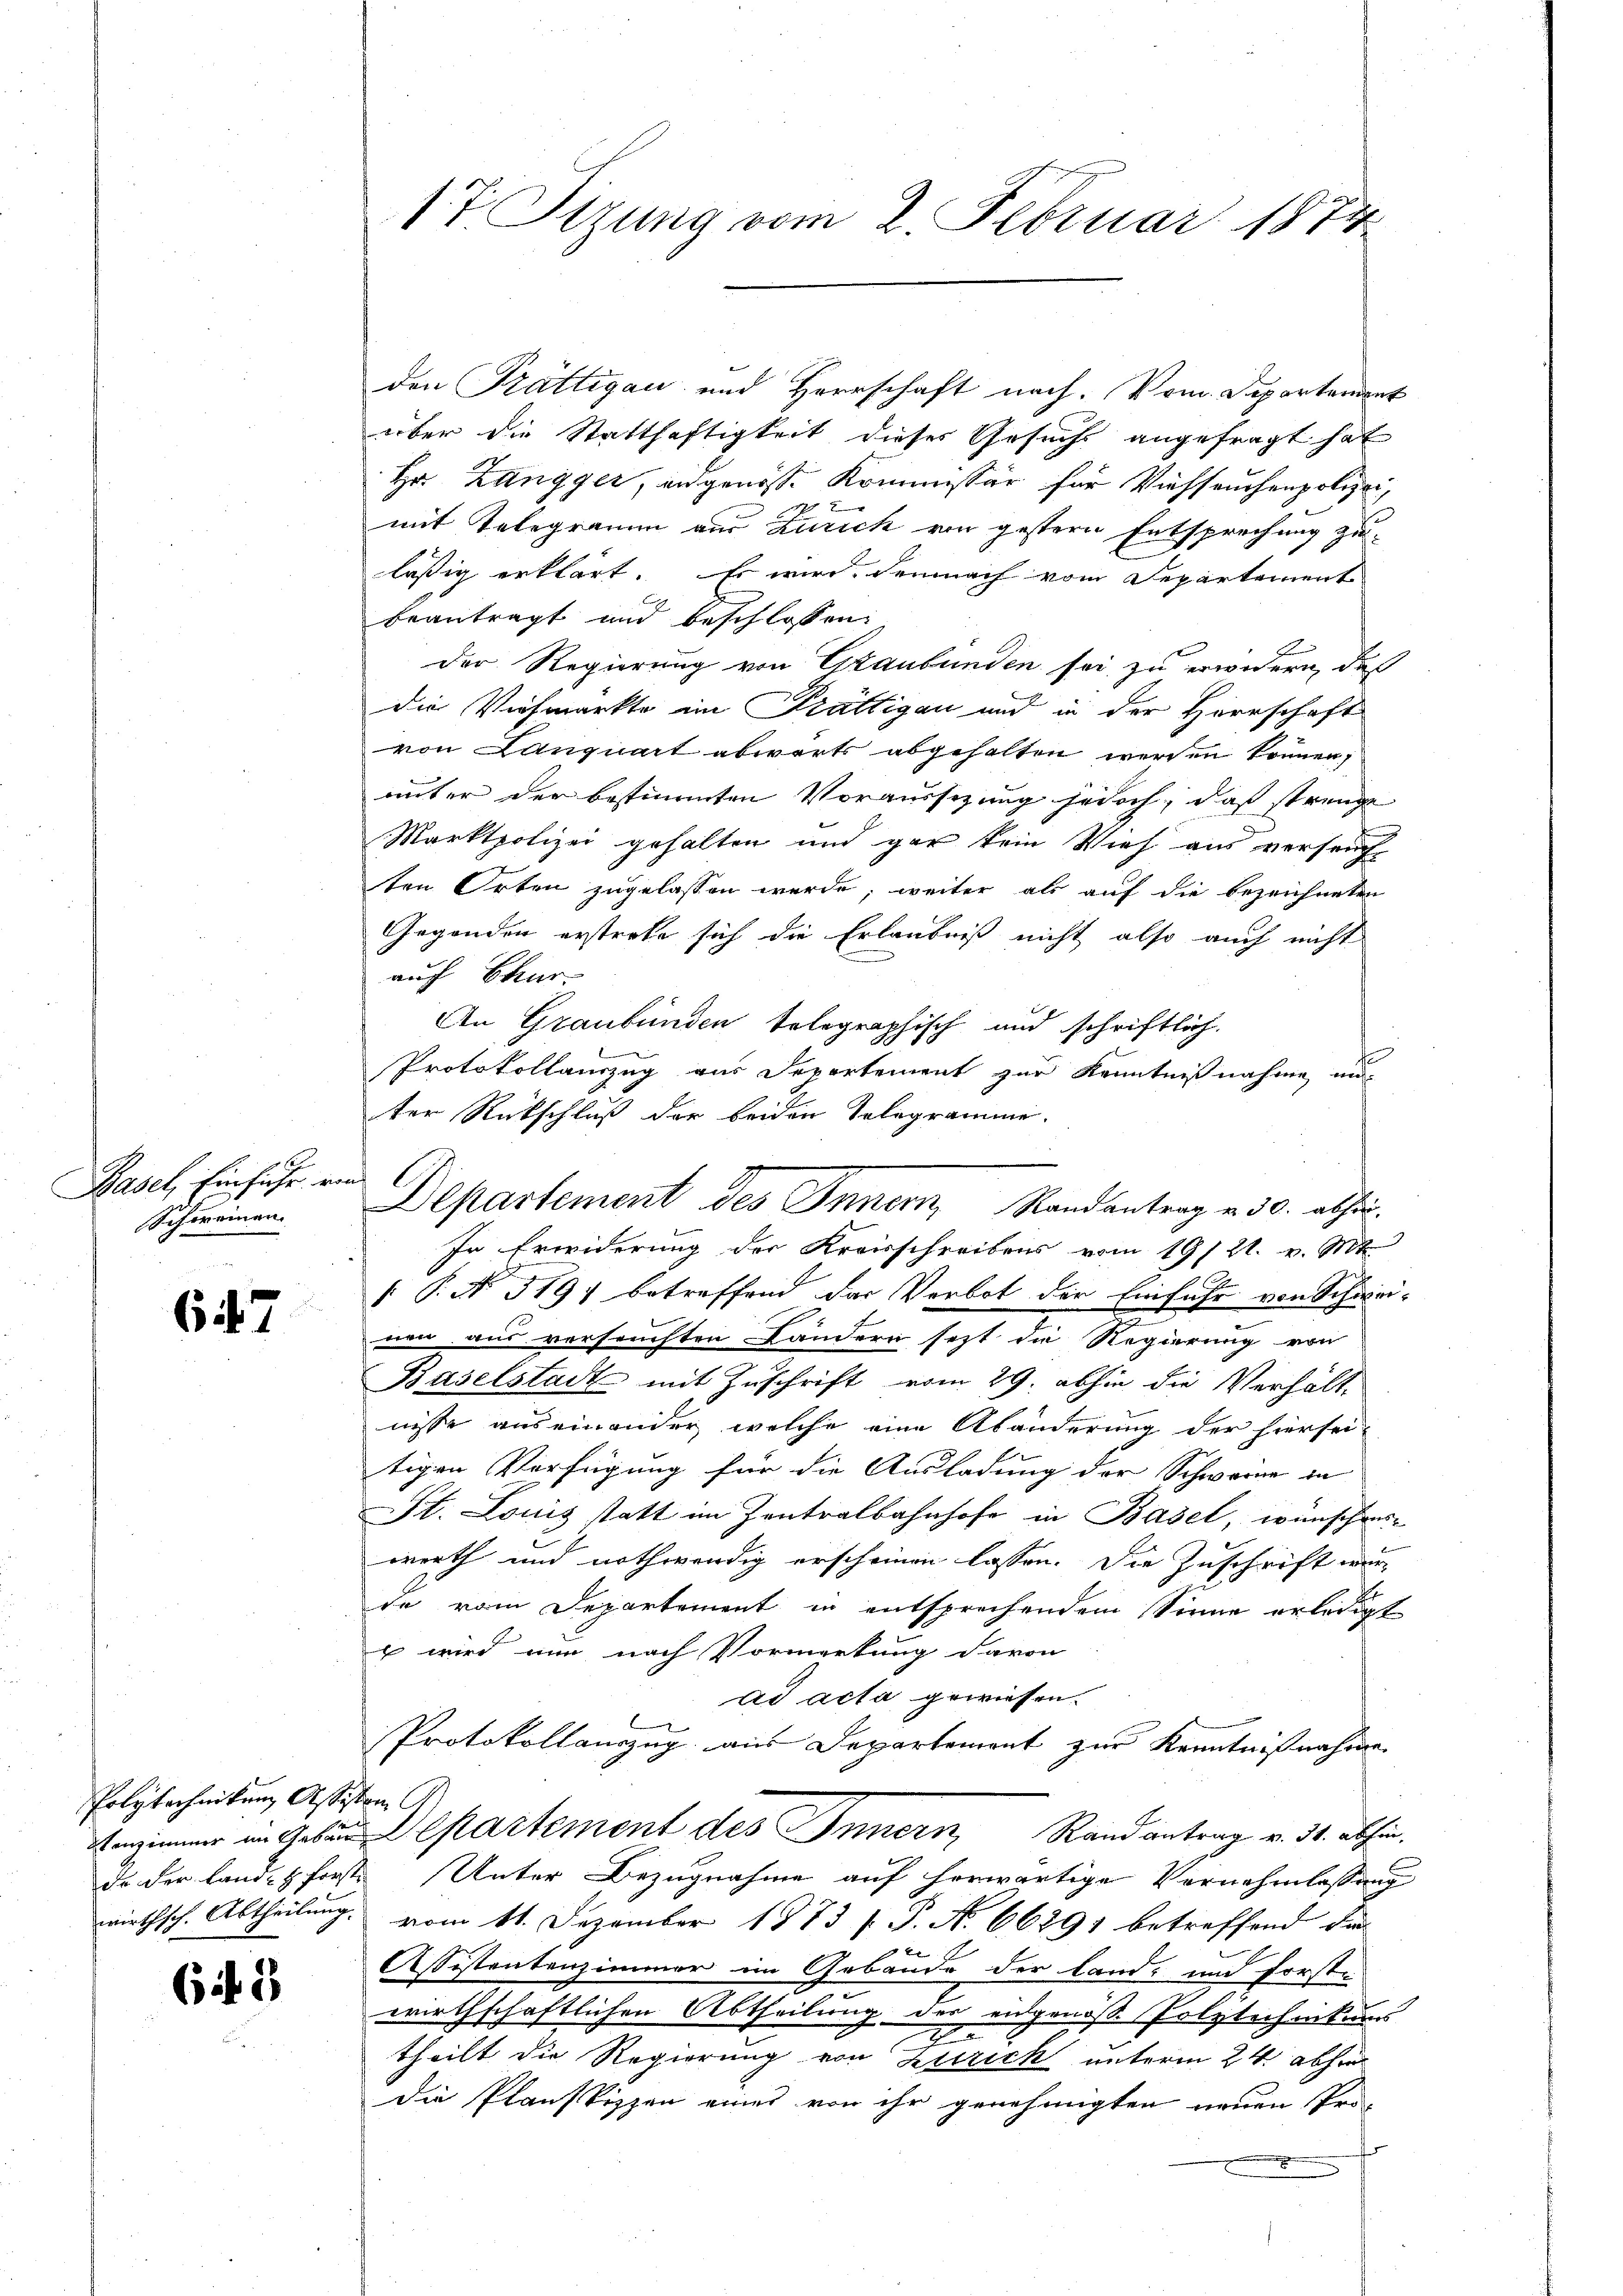
C
Basel, Einfuhr, von
Schoreinau

647

Polytechnikum Assistan

(i3

17 Tizung vom 2. Februar 187

den Prättigau und Herrschaft nach. Vom Departement
über die Statthaftigkeit dieses Gesuchs angefragt hat
Hr. Zangger, angenosse Kommissär für Viehseuchenpolizei,
mit Telegramm aus Zürich von gestern Entsprechung zulässig erklärt. Es wird demnach vom Departement
beantragt und beschlossen:
der Regierung von Graubünden sei zu erwidern, daß
die Viehmarkte im Prättigau und in der Herrschaft
von Canquart abwärts abgehalten werden können,
unter der bestimmten Voraussezung jedoch, daß strenge
fnung
Marktpolizei gehalten und gar kein Vieh aus verseucht
ten Orten zugelassen werde; weiter als auf die bezeichneten
Gegenden erstrete sich die Erlaubniß nicht also auch nicht
auch Chur-
An Graubünden telegraphisch und schriftlich.
Protokollauszug aus Departement zur Kenntnißnahme un
ter Rückschluß der beiden Telegramme.
In Erwiderung der Kreisschreibens vom 19/21. v. Mt

 P. No. 319; betreffend das Verbot der Einfuhr von Schwei-
nen aus versuchten Ländern sezt die Regierung von
Baselstadt mit Zuschrift vom 29. abhin die Verhältn
nisse auseinander welche eine Abänderung der hiersei
tigen Verfügung für die Ausladung der Schwerne in
St. Louis statt im Zentralbahnhofe in Basel, wünschens
werth und nothwendig erscheinen lassen. Die Zuschrift wurde vom Departement in entsprechendem Sinne erledigt
x wird nun nach Vormerkung davon
ad acta gewiesen.
Protokollauszug aus Departement zur Kenntnißnahme
ezimmer in Gebäude partement des Innern Rand antrag v. 31. abhin,
da der Land pforste Unter Bezugnahme auf herwärtige Vernehmlassung
wirthsch. Abtheilung vom 11. Dezember 1873 f. P. N. 66291 betreffend die
Assistentenzimmer im Gebäude der Land- und forste
wirthschaftlichen Abtheilung der eidgenoß Polytechnikums
2
theilt die Regierung von Zürich unterm 24. abhin
die Planskizzen eines von ihr genehmigten neuen Pro-

.

Departement des Innern, Randantrag v. 30. abhir.